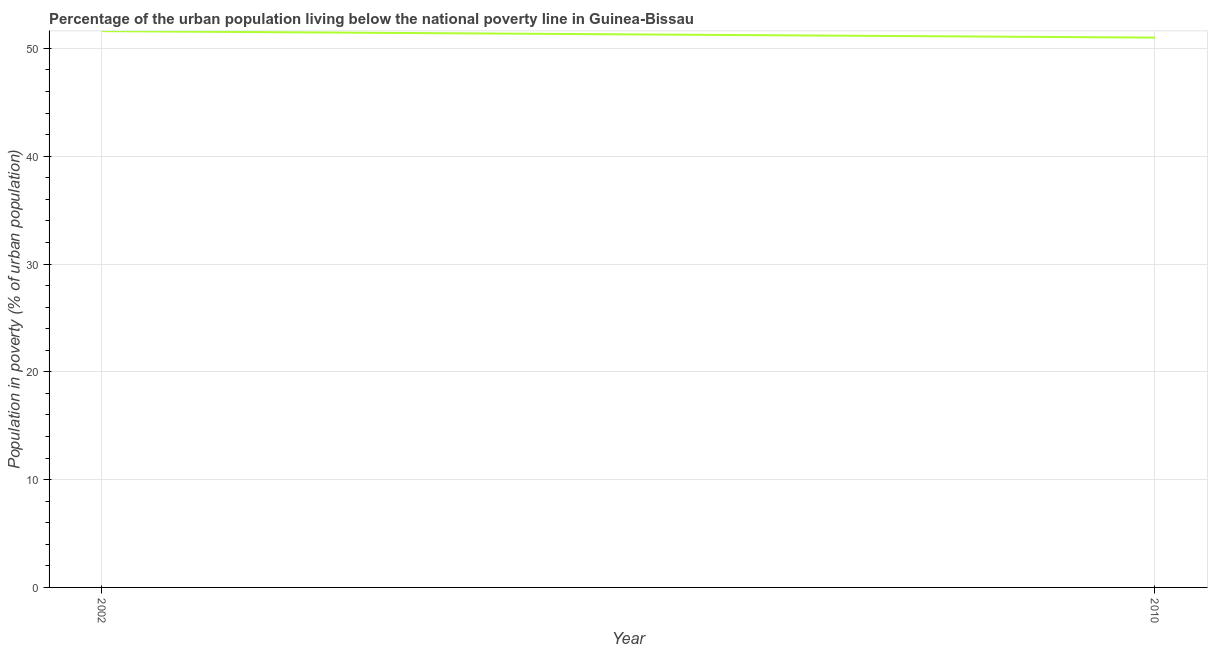
| Year | Urban poverty headcount ratio |
 | --- | --- |
 | 2002 | 51.6 |
 | 2010 | 51 |